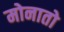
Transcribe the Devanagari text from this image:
मोनातो